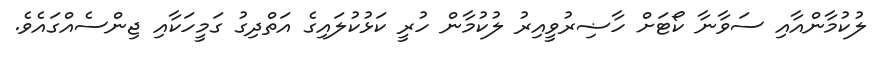
ލުކުމާންއާއި ސަވާނާ ކޯޓަށް ހާޟިރުވީއިރު ލުކުމާން ހުރީ ކަޅުކުލައިގެ އަތްދިގު ގަމީހަކާއި ޖިންސެއްގައެވެ.